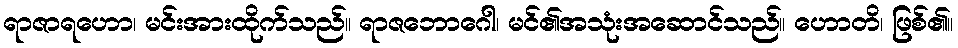
ရာဇာရဟော၊ မင်းအားထိုက်သည်။ ရာဇဘောဂေါ၊ မင်၏အသုံးအဆောင်သည်။ ဟောတိ၊ ဖြစ်၏။